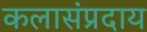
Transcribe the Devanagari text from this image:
कलासंप्रदाय